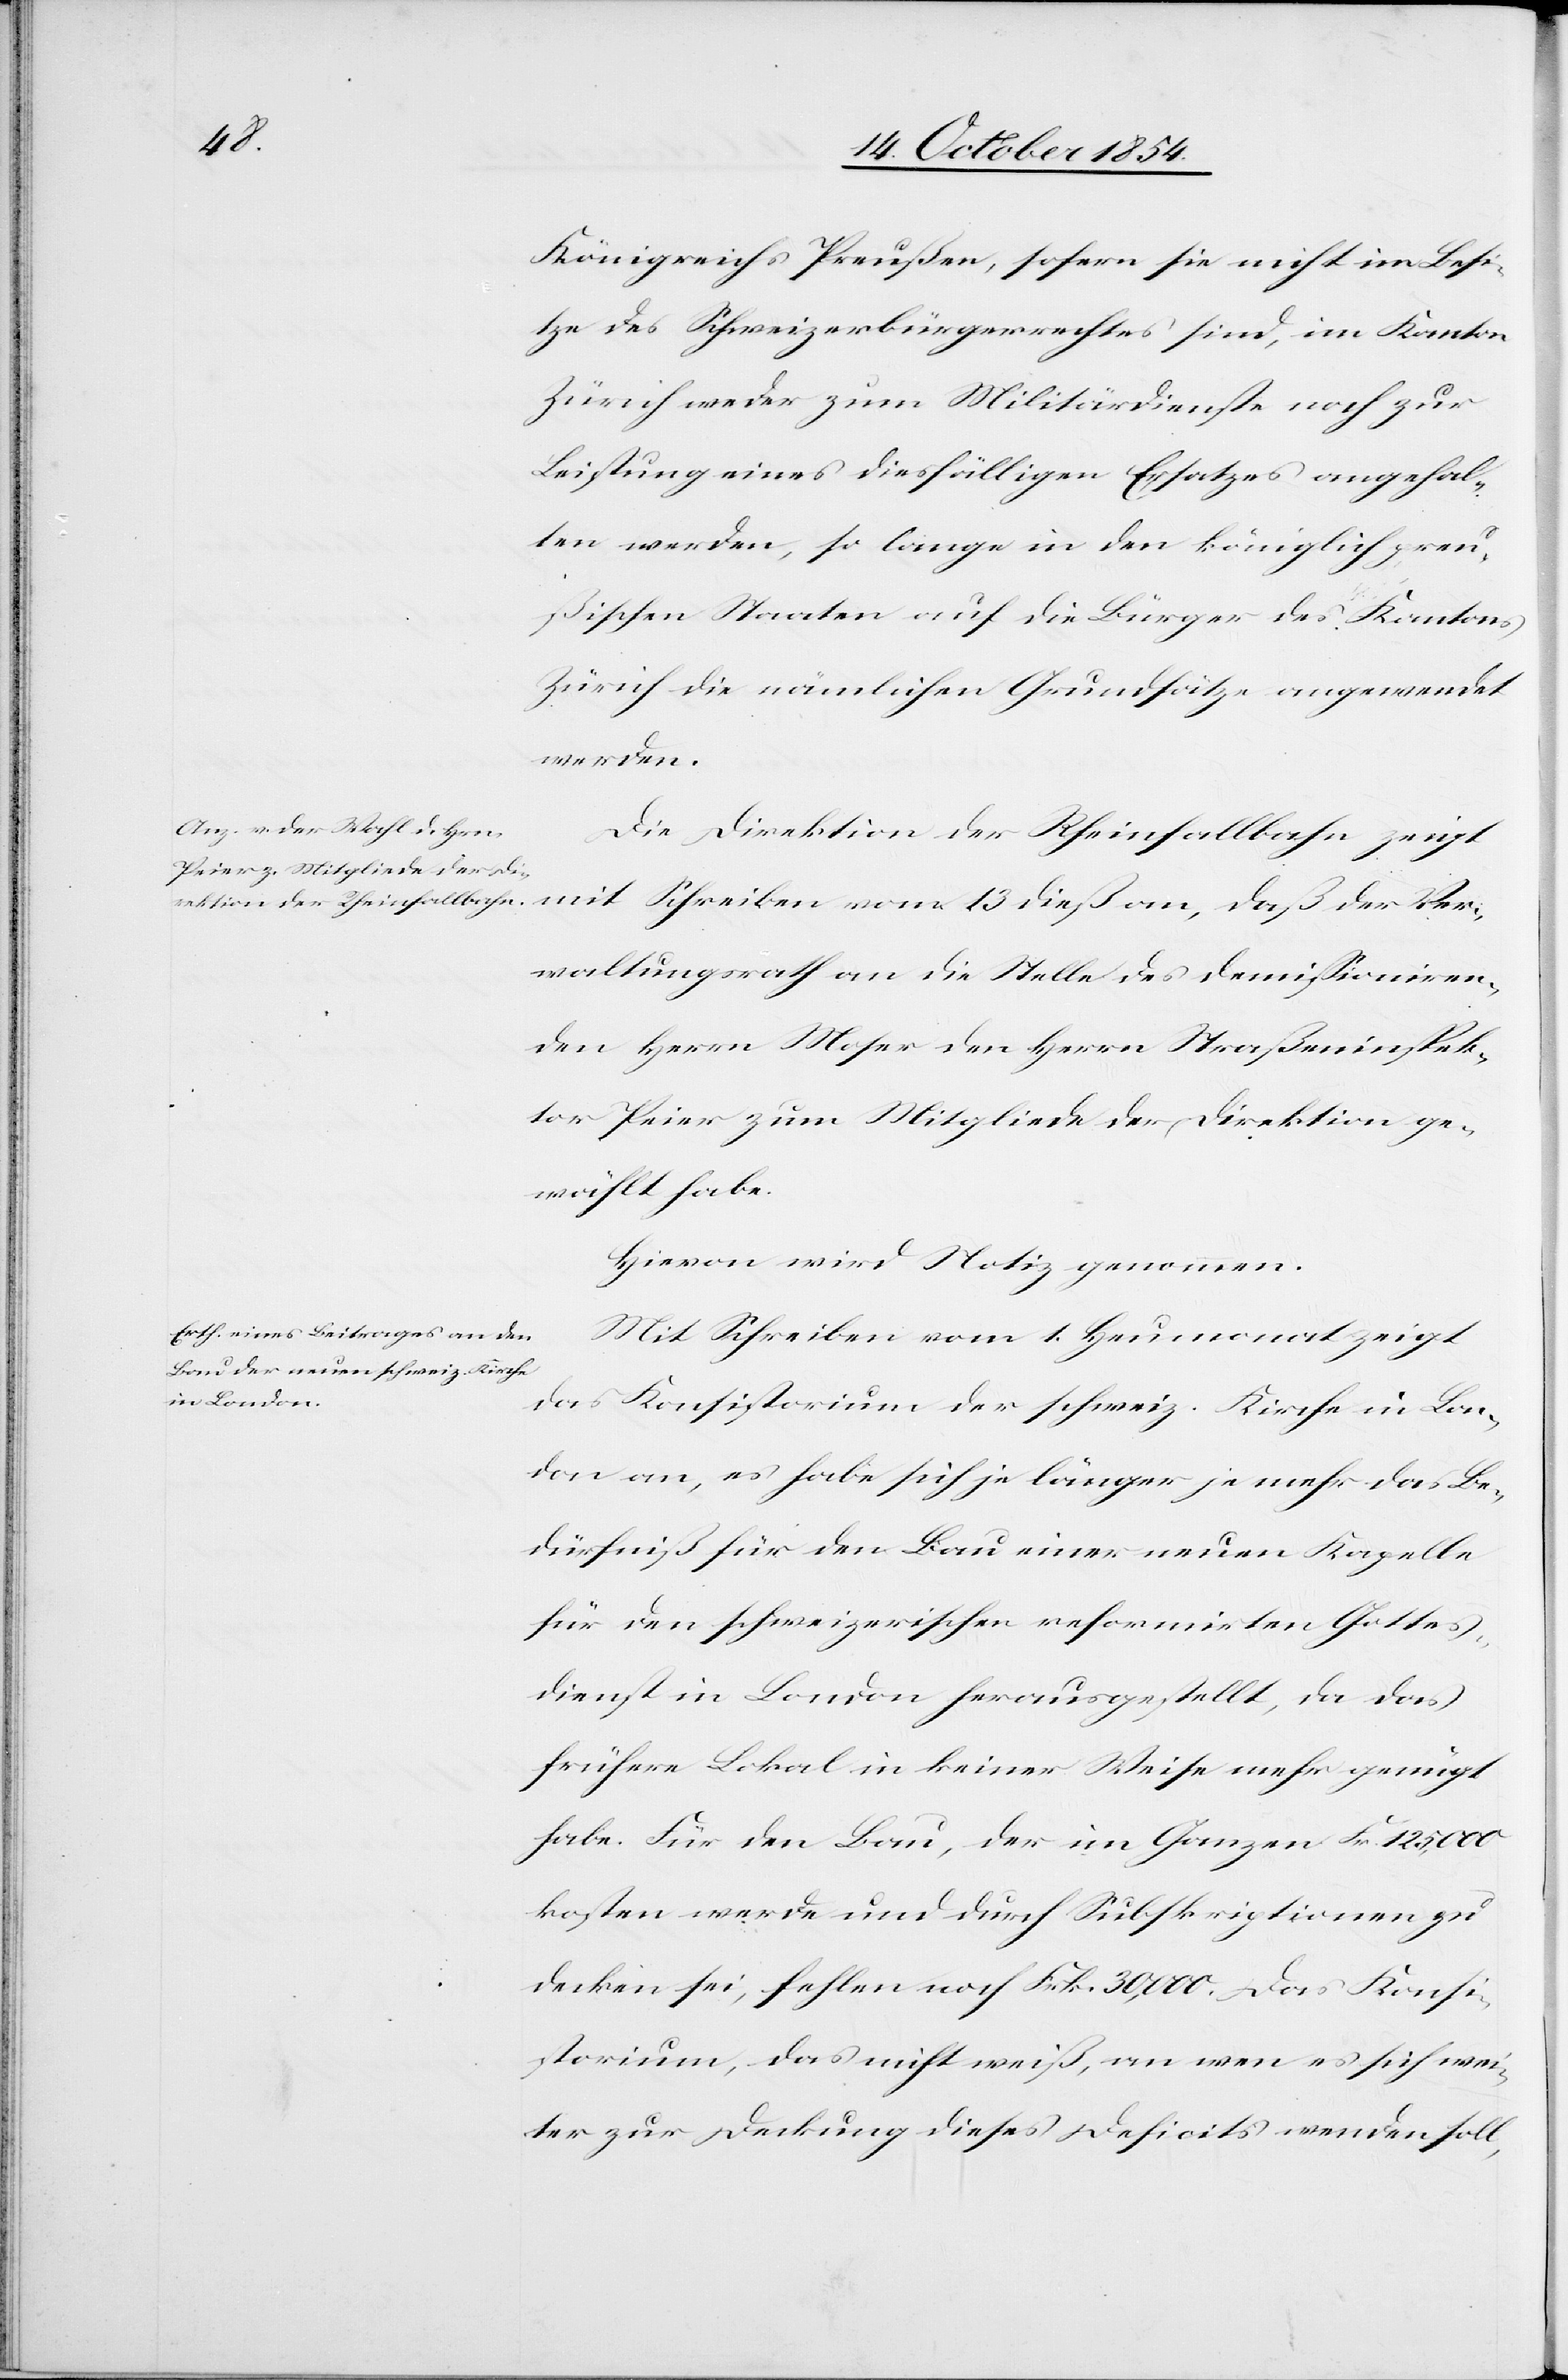
Königreichs Preußen, sofern sie nicht im Besi¬
tze des Schweizerbürgerrechtes sind, im Kanton
Zürich weder zum Militärdienste noch zur
Leistung eines diesfälligen Ersatzes angehal¬
ten werden, so lange in den königlich preu¬
ßischen Staaten auf die Bürger des Kantons
Zürich die nämlichen Grundsätze angewendet
werden.
Die Direktion der Rheinfallbahn zeigt
mit Schreiben vom 13 dieß an, daß der Ver¬
waltungsrath an die Stelle des demißioniren¬
den Herrn Moser den Herrn Straßeninspek¬
tor Peier zum Mitgliede der Direktion ge¬
wählt habe.
Hievon wird Notiz genommen.
Mit Schreiben vom 1. Heumonat zeigt
das Konsistorium der schweiz. Kirche in Lon¬
don an, es habe sich je länger je mehr das Be¬
dürfniß für den Bau einer neuen Kapelle
für den schweizerischen reformirten Gottes¬
dient in London herausgestellt, da das
frühere Lokal in keiner Weise mehr genügt
habe. Für den Bau, der im Ganzen Fr. 125,000
kosten werde und durch Subskriptionen zu
decken sei, fehlen noch Frk. 30,000. Das Konsi¬
storium, das nicht weiß, an wen es sich wei¬
ter zur Deckung dieses Deficits wenden soll,